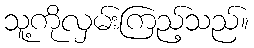
သူ့ကိုလှမ်းကြည့်သည်။